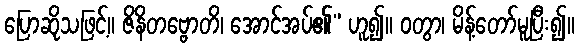
ပြောဆိုသဖြင့်။ ဇိနိတဗ္ဗောတိ၊ အောင်အပ်၏” ဟူ၍။ ဝတွာ၊ မိန့်တော်မူပြီး၍။